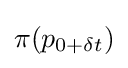
\pi (p_{0+\delta t})